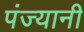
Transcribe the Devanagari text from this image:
पंज्यानी